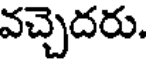
వచ్చెదరు.